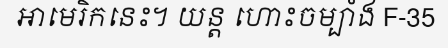
អាមេរិកនេះ។ យន្ត ហោះចម្បាំង F-35